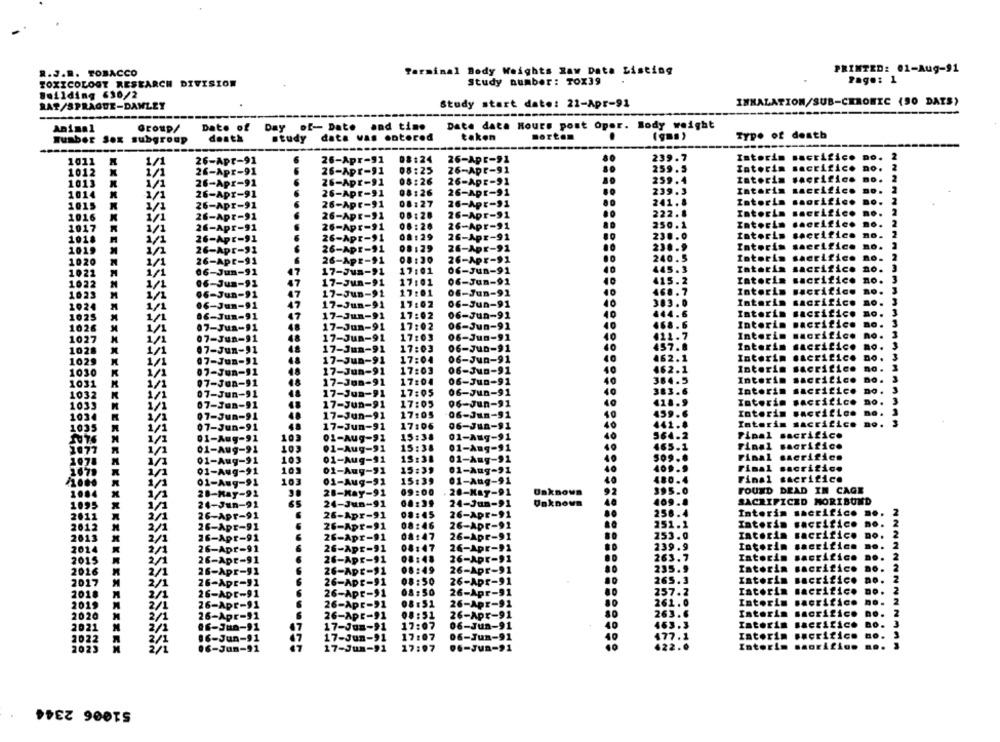
R.J.R. TOBACCO
Terminal Body Weights Raw Data Listing
PRINTED: 01-Aug-91
Study number: TOX39
Page: 1
TOXICOLOGY RESEARCH DIVISION
Building 630/2
Study start date: 22-Apr-91
INHALATION/SUB-CHRONIC (90 DAYS)
RAT/SPRAGUE-DANLEY
---
Date of Day of- Date and time
Date data Hours post Oper. Body weight
Animal
Group/
Typ. of death
number Sox subgroup
death
study
data vas entered
takon
morton
(gms)
Istoria
DO.
1011
26-Apr-91
26-Apr-91
08:24
26-Apr-91
239.7
26-Apr-91
26-Apr-91
08:25
26-Apr-91
259.5
Interim
sacrific
1012
1/1
259.4
zatoris
1013
26-Apr-91
26-Apr-91
08:26
26-Apr-91
1014
26-Apr-91
26-Apr-91
08:26
26-Apr-91
239.3
Interis
Laceific
1/1
241. 8
Interis
orifico
1015
1/1
26-Apr-91
26-Apr-91
08:27
26-Apr-91
1016
1/1
26-Apr-91
26-Apr-91
06:28
26-Apr-91
222.8
Interim
no.
250.1
Interim
lacrifie
1017
1/1
26-Apr-91
26-Apr-91
08:26
26-Apr-91
1018
2/1
26-Apr-91
26-Apr-91
08:29
26-Apr-91
230.0
ratoris
leerific
Interis
ce
1019
26-Apr-91
26-Apr-91
08:29
26-Apr-91
23 .. 9
1020
26-Apt-91
26-Apr-91
26-Apr-91
240.5
rotoris
1/1
445.3
caterin
sacrific
1021
06-Jun-91
17-Jun-91
17:01
of-Jun-91
1022
1/1
06-Jun-91
17-Jun-91
17:01
06-Jun-91
415.2
Intorin
sacrifice
Intorin
acritic
1023
1/1
96-Jun-91
17-Jun-91
17:01
Of-Jun-91
468 . 7
1924
.6-Jun-91
17-Jun-91
17:02
06-Jun-91
40
3.3. 0
Interin
aorifice
1/1
Interin
sacrifice
1/1
0€-Jun-91
17-Jun-91
17:02
06-Jun-91
40
444.6
07-Jun-91
17-Jun-91
17:02
06-Jun-91
40
468.6
Interin
sacrific
1/1
Interin
aorifice
1/1
07-Jun-91
17-Jun-91
17:03
06-Jun-91
412.7
07-Jun-91
17-Jun-91
17:03
06-Jun-91
40
457.8
Interim
acriLico
1/1
462.1
Interin
1029
1/1
07-Jun-91
17-Jun-91
17:04
06-Jun-91
1030
K
1/1
07-Jun-11
17-Jun-91
17:03
06-Jun-91
40
462.1
Interin
sacrific
no. 3
40
384.5
Interin
sacrifice
0. 3
1031
1/1
07-JUR-91
17-Jun-91
17:04
06-Jun-91
1032
1/1
07-Jun-91
17-Jun-91
06-Jun-91
383.6
Interin
sacrifice
DO . 3
418.9
Toterin
sacrifice
1/1
07-Jun-91
48
17-Jun-91
17:05
06-Jun-91
1034
1/2
07-Jun-91
48
17-Jun-91
17:05
06-Jun-91
459.6
Interim
06-Jun-91
442.8
Interim sacrifice
1035
1/1
07-Jun-91
48
17-Jun-91
17:06
N
01-Aug-91
10)
01-Aug-91
15:38
01-Aug-91
564.2
Final sacrifice
076
KOT
465.1
Final
sacrifice
01-Aug-91
01-Aug-91
15:38
01-Aug-91
1078
01-Aug-91
103
01-Aug-91
15:38
01-Aug-91
Final sacrifice
409.9
Final
sacrifice
01-Aug-91
01-Aug-91
15:39
01-Aug-91
01-Aug-91
103
01-Aug-92
15:39
01-Aug-91
480.4
Final sacrifice
395.0
FOUND DEAD IN CAGE
101
28-May-91
28-May-91
09:00
20-May-91
Unknown
1095
-Jun-91
24-Jun-91
04:39
24-Jun-91
Unknown
409.8
SACRIFICED MORIBUND
08:45
26-Apr-91
258.4
Interim sherifice no
2011
2/1
20
-Apr-91
26-Apr-91
2012
2/1
-Apt
26-Apr-91
08:46
26-Apr-91
251.1
Interin
sacrifice
253.0
Interin
acrific
DO.
2613
2/1
6-Apr-
26-Apr-91
08:47
26-Apr-91
2014
2/1
26-Apr-
26-Apr-91
08:47
26-Apr-91
239.9
Intorin
critic
263.7
Intorin
sacrifice
2015
2/1
26-Apr-9
26-Apr-91
08:48
26-Apr-91
2016
2/1
26-Apr-
26-Apr-91
08:49
26-Apr-91
235.9
Iatorin
acrifico
265.3
Intorin
critico
2017
2/1
26-Apr-11
26-Apr-91
08:50
26-Apr-91
2018
2/1
26-Apr-91
26-Apr-91
08:50
26-Apr-91
257.2
ratorin
critico
262.0
tatorin
Fririco
2019
2/1
26-Apr-91
26-Apr-91
08:51
26-Apr-91
2020
2/1
26-Apr-91
26-Apr-91
18:51
26-Apr-91
263.6
Interi
crifico
17:07
06-Jun-91
Caterin
hcrifice
2021
2/1
of-Jun-91
17-Jun-91
2022
2/
06-Jun-91
17-Jun-91
06-Jun-91
477.1
tatorin
sacrifice
422.
Inter!
2023
(6-Jun-91
17-Jun-91
17:97
9 .- Jun-91
51006 2344